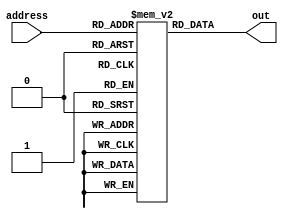
module InsMem_Class(address,out);   //DONE
	
	reg [31:0]mem[0:63];	//the memory
	input [0:5]address;
	output [31:0]out;
	//reg [63:0]data;
	assign out=mem[address];
	
	//set initial instructions
	initial 
	begin
	mem[0] = 32'h8B1F03E5;
	mem[1] = 32'hF84000A4;
	mem[2] = 32'h8B040086;
	mem[3] = 32'hF80010A6;
	end
	////////
	always@(address)
	begin
		$display("\nInsMem:\nAddress = %b\nout = %b\n ",address,out);
	end
endmodule